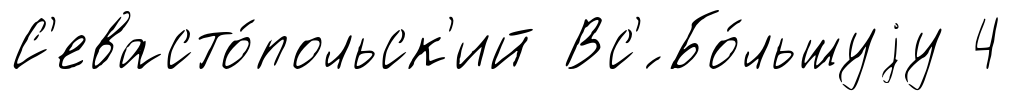
С'евасто́польск'ий Вс'́ Бо́льшуjу 4